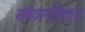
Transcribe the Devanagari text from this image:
सर्वजनहिताय